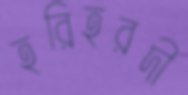
হরিহরদী